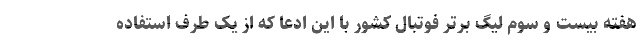
هفته بیست و سوم لیگ برتر فوتبال کشور با این ادعا که از یک طرف استفاده